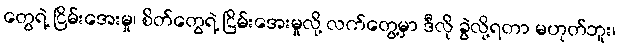
တွေရဲ့ ငြိမ်းအေးမှု၊ စိတ်တွေရဲ့ ငြိမ်းအေးမှုလို့ လက်တွေ့မှာ ဒီလို ခွဲလို့ရတာ မဟုတ်ဘူး၊